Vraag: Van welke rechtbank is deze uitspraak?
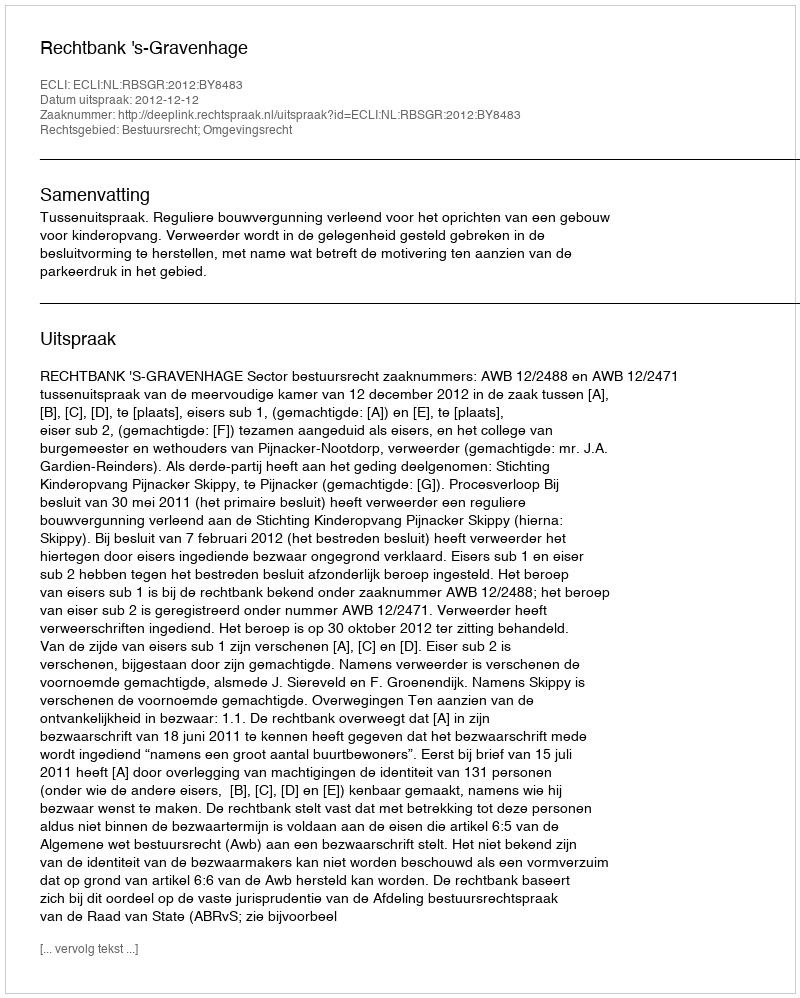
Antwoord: Rechtbank 's-Gravenhage